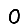
Digit: 0